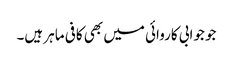
جو جوابی کاروائی میں بھی کافی ماہر ہیں۔